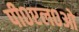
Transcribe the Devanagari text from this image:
पी०एल०ओ